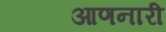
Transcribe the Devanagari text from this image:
आणनारी